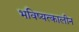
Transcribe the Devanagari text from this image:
भविष्यत्कालीन